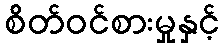
စိတ်ဝင်စားမှုနှင့်